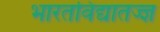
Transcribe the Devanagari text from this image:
भारतविद्यातज्ज्ञ